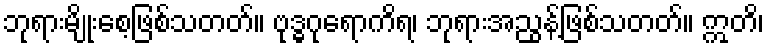
ဘုရားမျိုးစေ့ဖြစ်သတတ်။ ဗုဒ္ဓဂုရောကိရ၊ ဘုရားအညွန့်ဖြစ်သတတ်။ ဣတိ၊